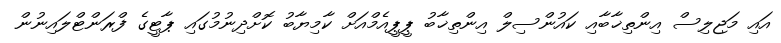
އައި މަޖިލިސް އިންތިޚާބާއި ކައުންސިލް އިންތިޚާބު ޕީޕީއެމްއަށް ކާމިޔާބު ކޮށްދިނުމުގައި ޕާޓީގެ ފްރަންޓްލައިނުން